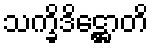
သက္ခိဒိဋ္ဌောတိ